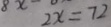
2 x = 7 2